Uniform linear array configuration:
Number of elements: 24
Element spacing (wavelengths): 0.5
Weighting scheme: blackman
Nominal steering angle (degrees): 15
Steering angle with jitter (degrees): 14.248
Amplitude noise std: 0.05
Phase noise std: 0.05

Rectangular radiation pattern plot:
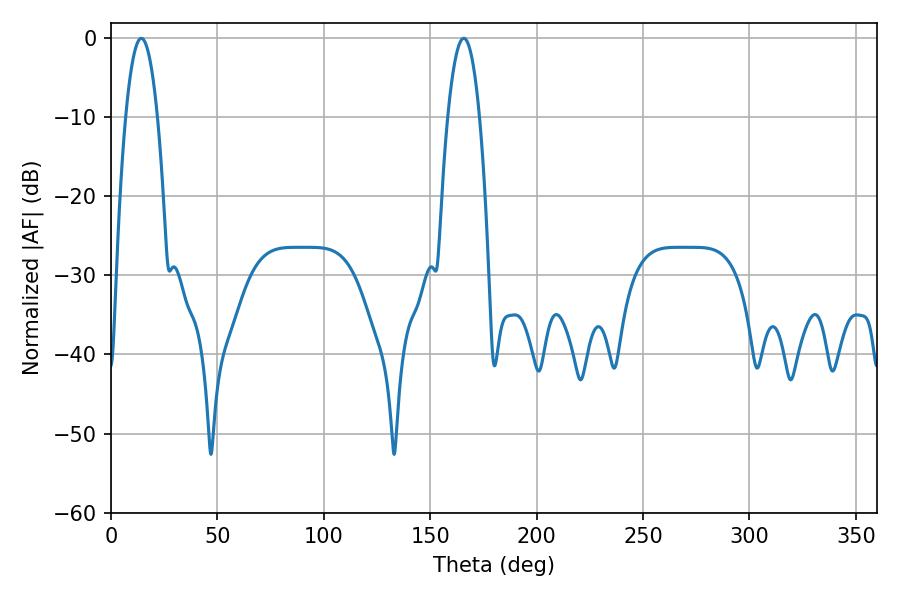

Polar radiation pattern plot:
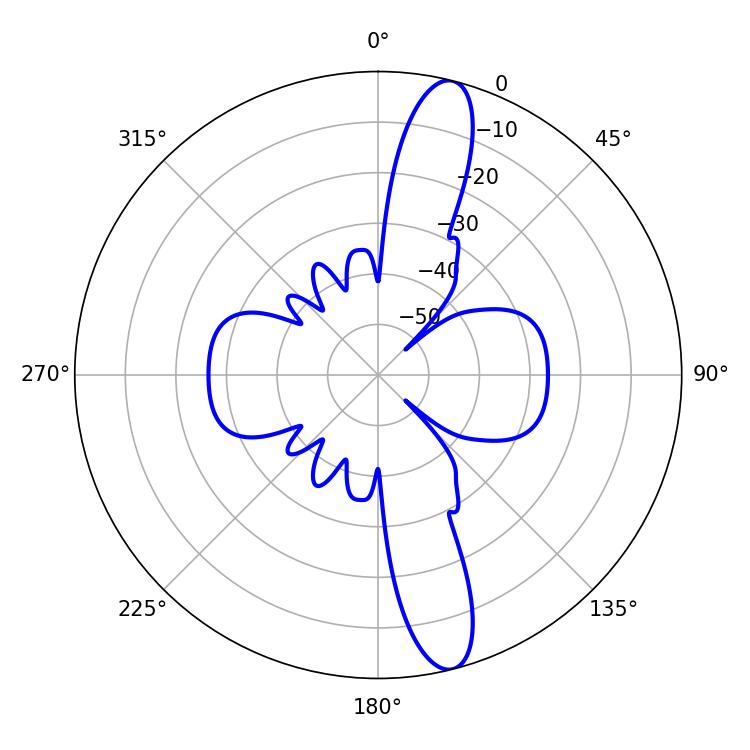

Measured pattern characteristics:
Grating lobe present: FALSE
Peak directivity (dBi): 14.188
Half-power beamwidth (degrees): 8.28
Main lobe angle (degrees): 14.22